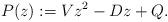
LaTeX: \begin{align*} P(z) := Vz^2-Dz +Q.\end{align*}